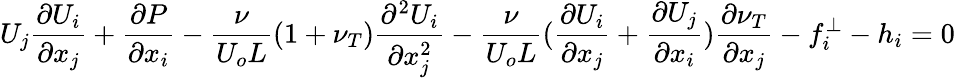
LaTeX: U_{j}\frac{\partial U_{i}}{\partial x_{j}}+\frac{\partial P}{\partial x_{i}}-\frac{\nu}{U_{o}L}(1+\nu_{T})\frac{\partial^{2}U_{i}}{\partial x_{j}^{2}}-\frac{\nu}{U_{o}L}(\frac{\partial U_{i}}{\partial x_{j}}+\frac{\partial U_{j}}{\partial x_{i}})\frac{\partial\nu_{T}}{\partial x_{j}}-f_{i}^{\perp}-h_{i}=0